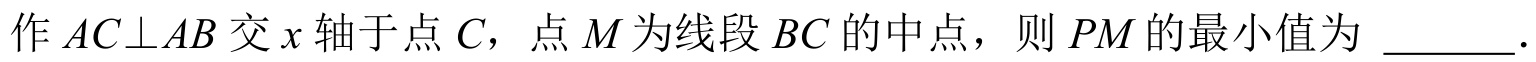
作\(AC\bot AB\)交\(x\)轴于点\(C\)，点\(M\)为线段\(BC\)的中点，则\(PM\)的最小值为 \_\_\_\_\_ .